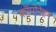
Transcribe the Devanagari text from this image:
कॉपोरेशन